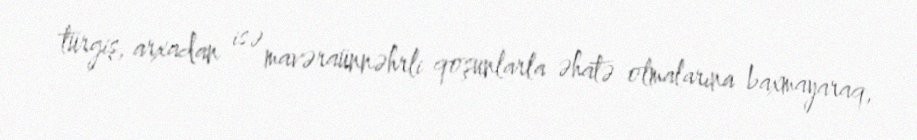
türgiş, arxadan isə mavəraünnəhrli qoşunlarla əhatə olmalarına baxmayaraq,